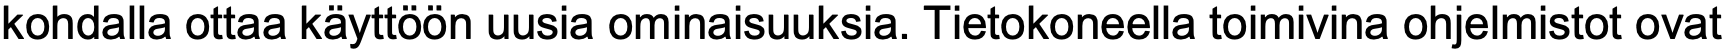
kohdalla ottaa käyttöön uusia ominaisuuksia. Tietokoneella toimivina ohjelmistot ovat